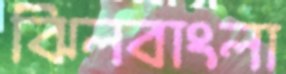
ঝিলবাংলা